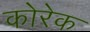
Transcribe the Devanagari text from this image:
कोरेक